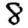
Digit: 8